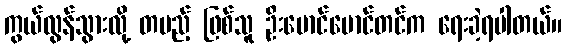
ကွယ်လွန်သွားလို့ တပည့် ဖြစ်သူ ဦးမောင်မောင်တင်က ရေးခဲ့ရပါတယ်။